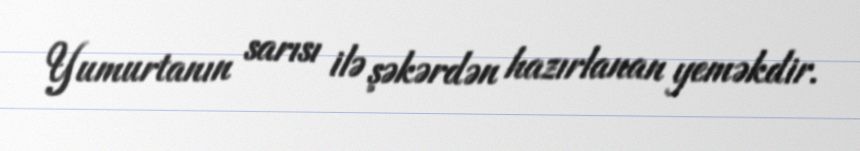
Yumurtanın sarısı ilə şəkərdən hazırlanan yeməkdir.